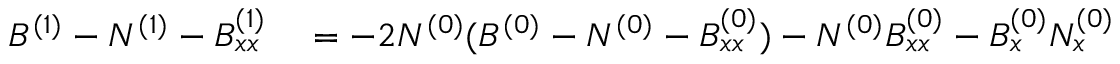
\begin{array} { r l } { B ^ { ( 1 ) } - N ^ { ( 1 ) } - B _ { x x } ^ { ( 1 ) } } & { { } = - 2 N ^ { ( 0 ) } ( B ^ { ( 0 ) } - N ^ { ( 0 ) } - B _ { x x } ^ { ( 0 ) } ) - N ^ { ( 0 ) } B _ { x x } ^ { ( 0 ) } - B _ { x } ^ { ( 0 ) } N _ { x } ^ { ( 0 ) } } \end{array}